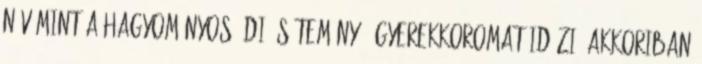
név mint a hagyományos "Dió sütemény". Gyerekkoromat idézi, akkoriban